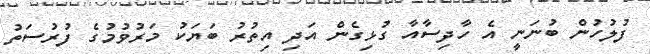
ފުލުހުން ބުނަނީ އެ ހާދިސާއާ ގުޅިގެން އަދި އިތުރު ބަޔަކު މަރުވުމުގެ ފުރުސަތު